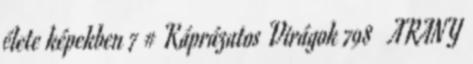
élete képekben 7 # Káprázatos Virágok 798 ♥ ARANY